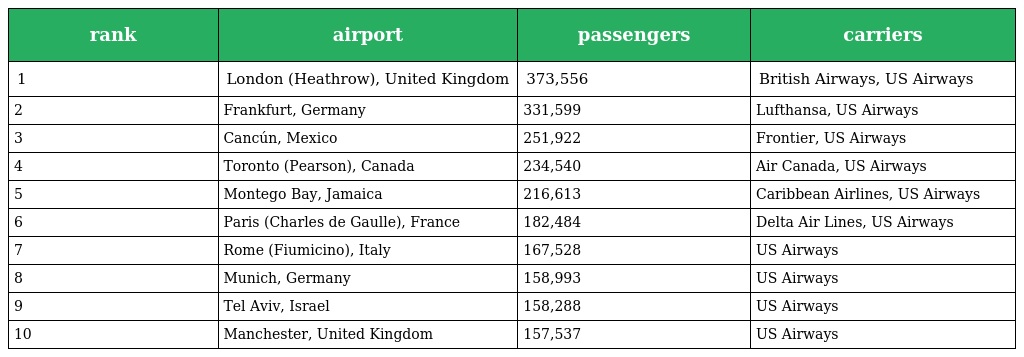
| rank | airport | passengers | carriers |
 | --- | --- | --- | --- |
 | 1 | London (Heathrow), United Kingdom | 373,556 | British Airways, US Airways |
 | 2 | Frankfurt, Germany | 331,599 | Lufthansa, US Airways |
 | 3 | Cancún, Mexico | 251,922 | Frontier, US Airways |
 | 4 | Toronto (Pearson), Canada | 234,540 | Air Canada, US Airways |
 | 5 | Montego Bay, Jamaica | 216,613 | Caribbean Airlines, US Airways |
 | 6 | Paris (Charles de Gaulle), France | 182,484 | Delta Air Lines, US Airways |
 | 7 | Rome (Fiumicino), Italy | 167,528 | US Airways |
 | 8 | Munich, Germany | 158,993 | US Airways |
 | 9 | Tel Aviv, Israel | 158,288 | US Airways |
 | 10 | Manchester, United Kingdom | 157,537 | US Airways |